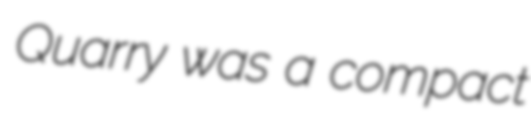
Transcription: Quarry was a compact